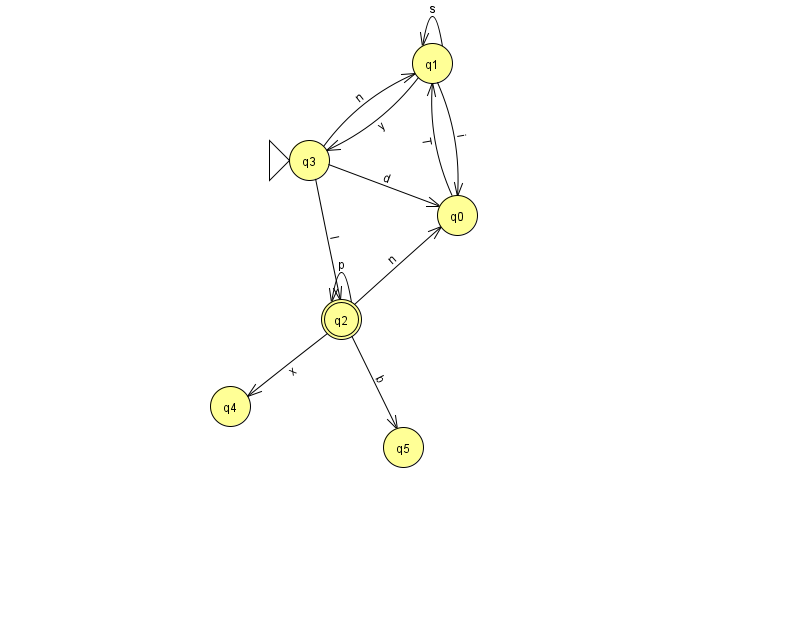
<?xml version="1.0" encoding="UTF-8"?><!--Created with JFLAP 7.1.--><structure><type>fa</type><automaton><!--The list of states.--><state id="0" name="q0"><x>457.0</x><y>202.0</y></state><state id="1" name="q1"><x>432.0</x><y>50.0</y></state><state id="2" name="q2"><x>341.0</x><y>306.0</y><final/></state><state id="3" name="q3"><x>309.0</x><y>147.0</y><initial/></state><state id="4" name="q4"><x>230.0</x><y>393.0</y></state><state id="5" name="q5"><x>403.0</x><y>434.0</y></state><!--The list of transitions.--><transition><from>1</from><to>0</to><read>i</read></transition><transition><from>2</from><to>2</to><read>p</read></transition><transition><from>2</from><to>4</to><read>x</read></transition><transition><from>1</from><to>1</to><read>s</read></transition><transition><from>2</from><to>0</to><read>n</read></transition><transition><from>2</from><to>5</to><read>b</read></transition><transition><from>1</from><to>3</to><read>y</read></transition><transition><from>3</from><to>2</to><read>I</read></transition><transition><from>3</from><to>0</to><read>d</read></transition><transition><from>0</from><to>1</to><read>T</read></transition><transition><from>3</from><to>1</to><read>n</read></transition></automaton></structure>